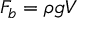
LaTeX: F _ { b } = \rho g V